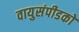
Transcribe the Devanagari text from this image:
वायुसंपीडकों